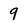
Character: 9